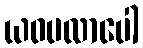
ယဝပလာပေါ